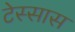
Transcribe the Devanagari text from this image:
टेस्सास